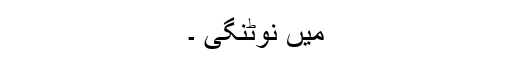
میں نوٹنگی ۔